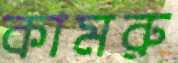
কামরু